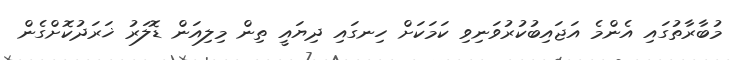
މުބާރާތުގައި އެންމެ އަޖައިބުކުރުވަނިވި ކަމަކަށް ހިނގައި ދިޔައީ ތިން މިލިއަން ޑޮލަރު ޚަރަދުކޮށްގެން